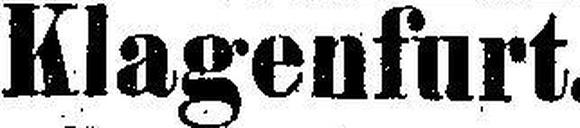
Klagenfurt.